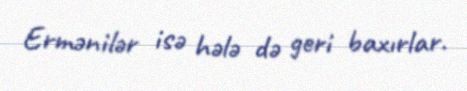
Ermənilər isə hələ də geri baxırlar.